Problem: 4 × 6 = ?
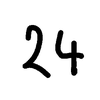
Handwritten answer: 24